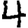
Digit: 4